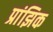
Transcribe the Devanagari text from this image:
प्रांझिक